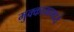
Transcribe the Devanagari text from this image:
मुक्कामामध्ये